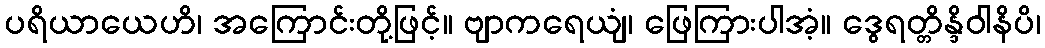
ပရိယာယေဟိ၊ အကြောင်းတို့ဖြင့်။ ဗျာကရေယျံ၊ ဖြေကြားပါအံ့။ ဒွေရတ္တိန္ဒိဝါနိပိ၊